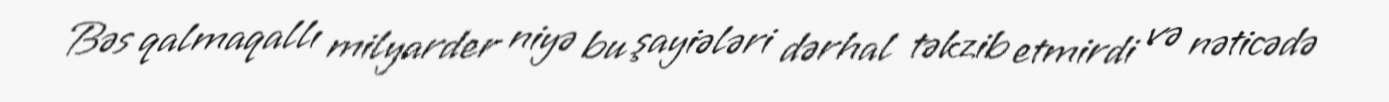
Bəs qalmaqallı milyarder niyə bu şayiələri dərhal təkzib etmirdi və nəticədə